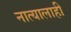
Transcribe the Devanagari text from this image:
नात्यालाही